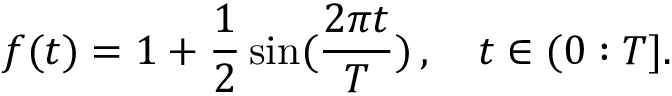
f ( t ) = 1 + \frac { 1 } { 2 } \sin ( \frac { 2 \pi t } { T } ) \, , \quad t \in ( 0 : T ] .